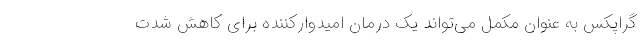
گراپکس به عنوان مکمل می‌تواند یک درمان امیدوارکننده برای کاهش شدت